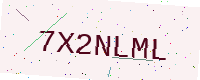
Text: 7X2NLML